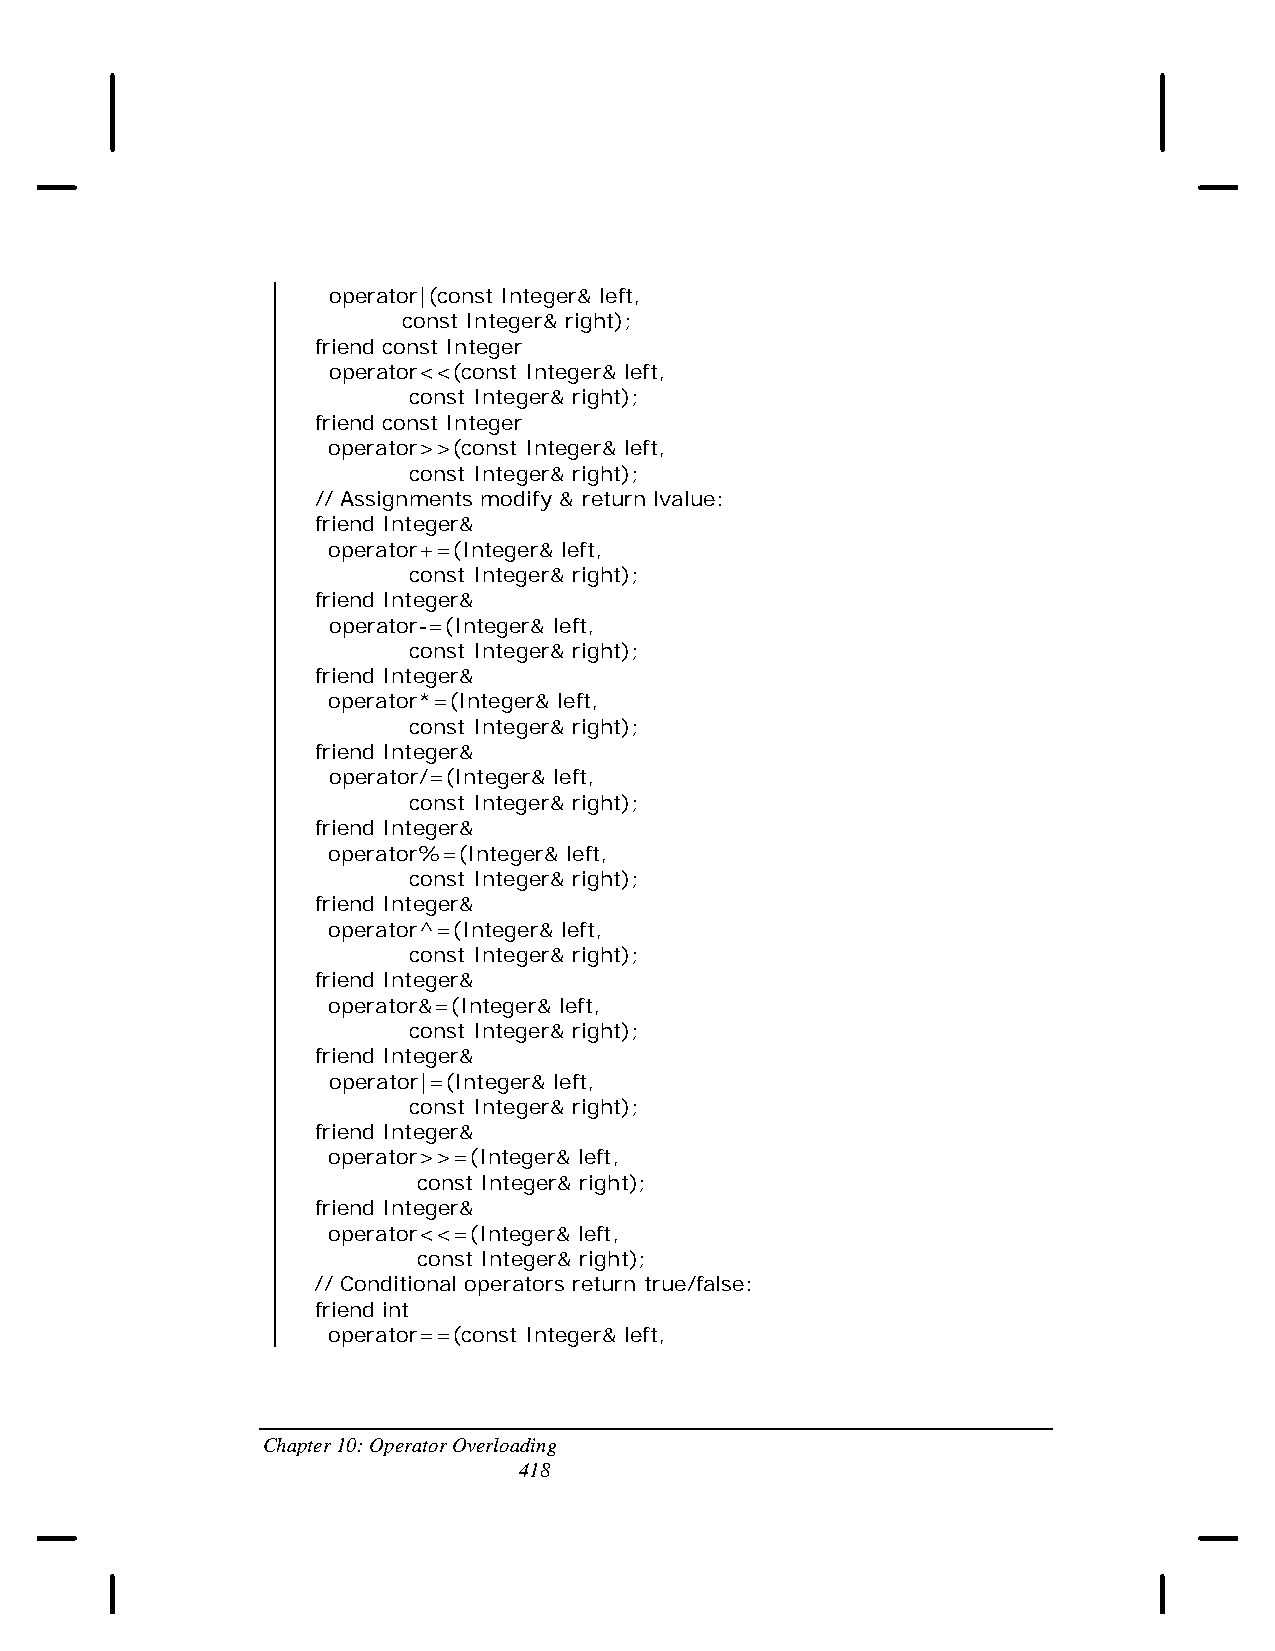
operator|(const Integer& left,
 const Integer& right);
 friend const Integer
 operator<<(const Integer& left,
 const Integer& right);
 friend const Integer
 operator>>(const Integer& left,
 const Integer& right);
 // Assignments modify & return lvalue:
 friend Integer&
 operator+=(Integer& left,
 const Integer& right);
 friend Integer&
 operator-=(Integer& left,
 const Integer& right);
 friend Integer&
 operator*=(Integer& left,
 const Integer& right);
 friend Integer&
 operator/=(Integer& left,
 const Integer& right);
 friend Integer&
 operator%=(Integer& left,
 const Integer& right);
 friend Integer&
 operator^=(Integer& left,
 const Integer& right);
 friend Integer&
 operator&=(Integer& left,
 const Integer& right);
 friend Integer&
 operator|=(Integer& left,
 const Integer& right);
 friend Integer&
 operator>>=(Integer& left,
 const Integer& right);
 friend Integer&
 operator<<=(Integer& left,
 const Integer& right);
 // Conditional operators return true/false:
 friend int
 operator==(const Integer& left,
 Chapter 10: Operator Overloading
 418